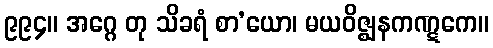
၉၉၄။ အဂ္ဂေ တု သိခရံ စာ’ယော၊ မယဝိဇ္ဈနကဏ္ဋကေ။